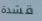
قشدة